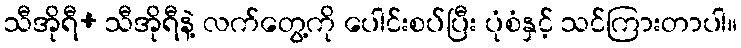
သီအိုရီ+ သီအိုရီနဲ့ လက်တွေ့ကို ပေါင်းစပ်ပြီး ပုံစံနှင့် သင်ကြားတာပါ။